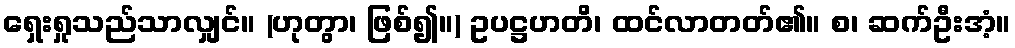
ရှေးရှုသည်သာလျှင်။ (ဟုတွာ၊ ဖြစ်၍။) ဥပဋ္ဌဟတိ၊ ထင်လာတတ်၏။ စ၊ ဆက်ဦးအံ့။